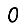
Digit: 0